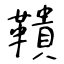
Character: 鞼